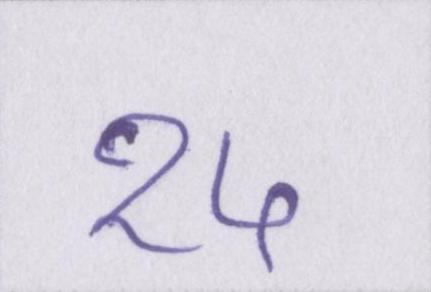
१५